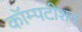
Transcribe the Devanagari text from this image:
कॉम्पटीशन